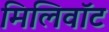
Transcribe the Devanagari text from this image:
मिलिवॉट